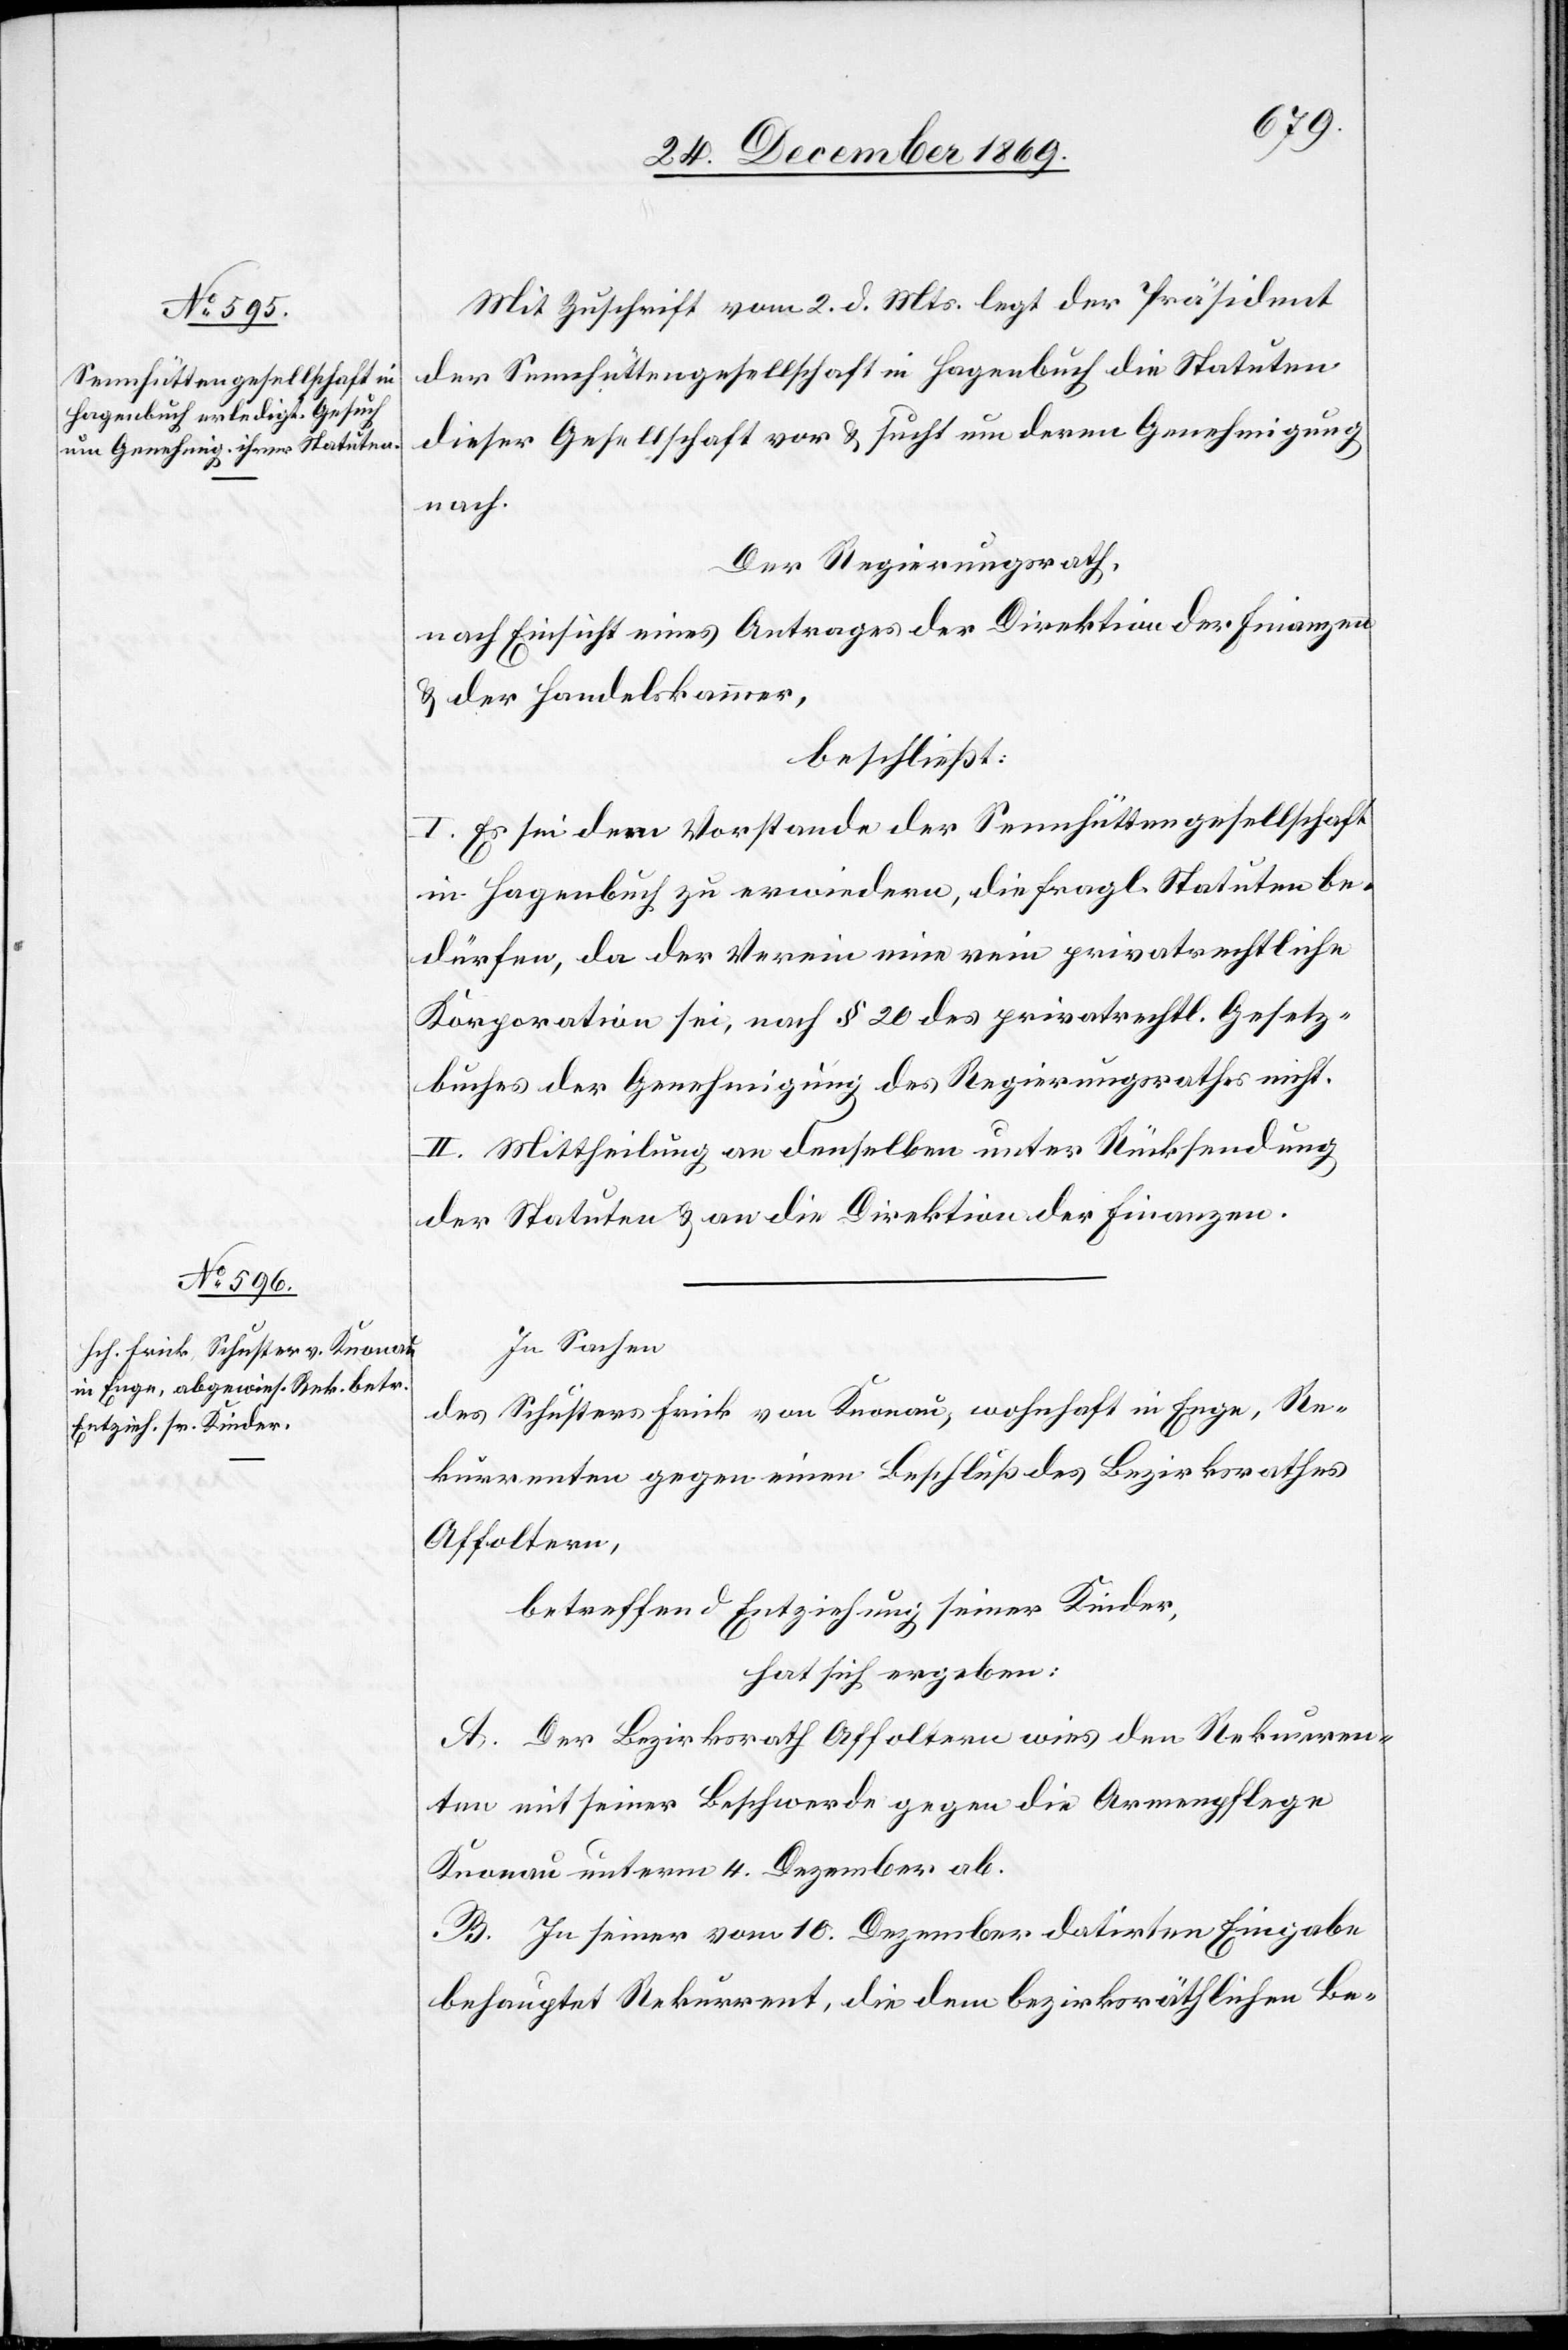
Mit Zuschrift vom 2. d. Mts. legt der Präsident
der Sennhüttengesellschaft in Hagenbuch die Statuten
dieser Gesellschaft vor & sucht um deren Genehmigung
nach.
Der Regierungsrath,
nach Einsicht eines Antrages der Direktion der Finanzen
& der Handelskammer,
beschließt:
I. Es sei dem Vorstande der Sennhüttengesellschaft
in Hagenbuch zu erwiedern, die fragl. Statuten be¬
dürfen, da der Verein eine rein privatrechtliche
Korporation sei, nach § 20 des privatrechtl. Gesetz¬
buches der Genehmigung des Regierungsrathes nicht.
II. Mittheilung an denselben unter Rücksendung
der Statuten & an die Direktion der Finanzen.
In Sachen
des Schusters Frick von Knonau, wohnhaft in Enge, Re¬
kurrenten gegen einen Beschluß des Bezirksrathes
Affoltern,
betreffend Entziehung seiner Kinder,
hat sich ergeben:
A. Der Bezirksrath Affoltern wies den Rekurren¬
ten mit seiner Beschwerde gegen die Armenpflege
Knonau unterm 4. Dezember ab.
B. In seiner vom 10. Dezember datirten Eingabe
behauptet Rekurrent, die dem bezirksräthlichen Be-